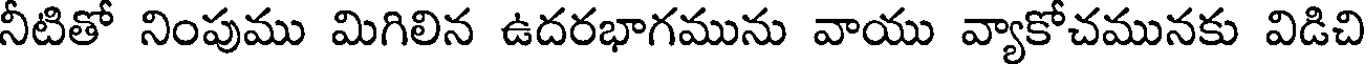
నీటితో నింపుము మిగిలిన ఉదరభాగమును వాయు వ్యాకోచమునకు విడిచి